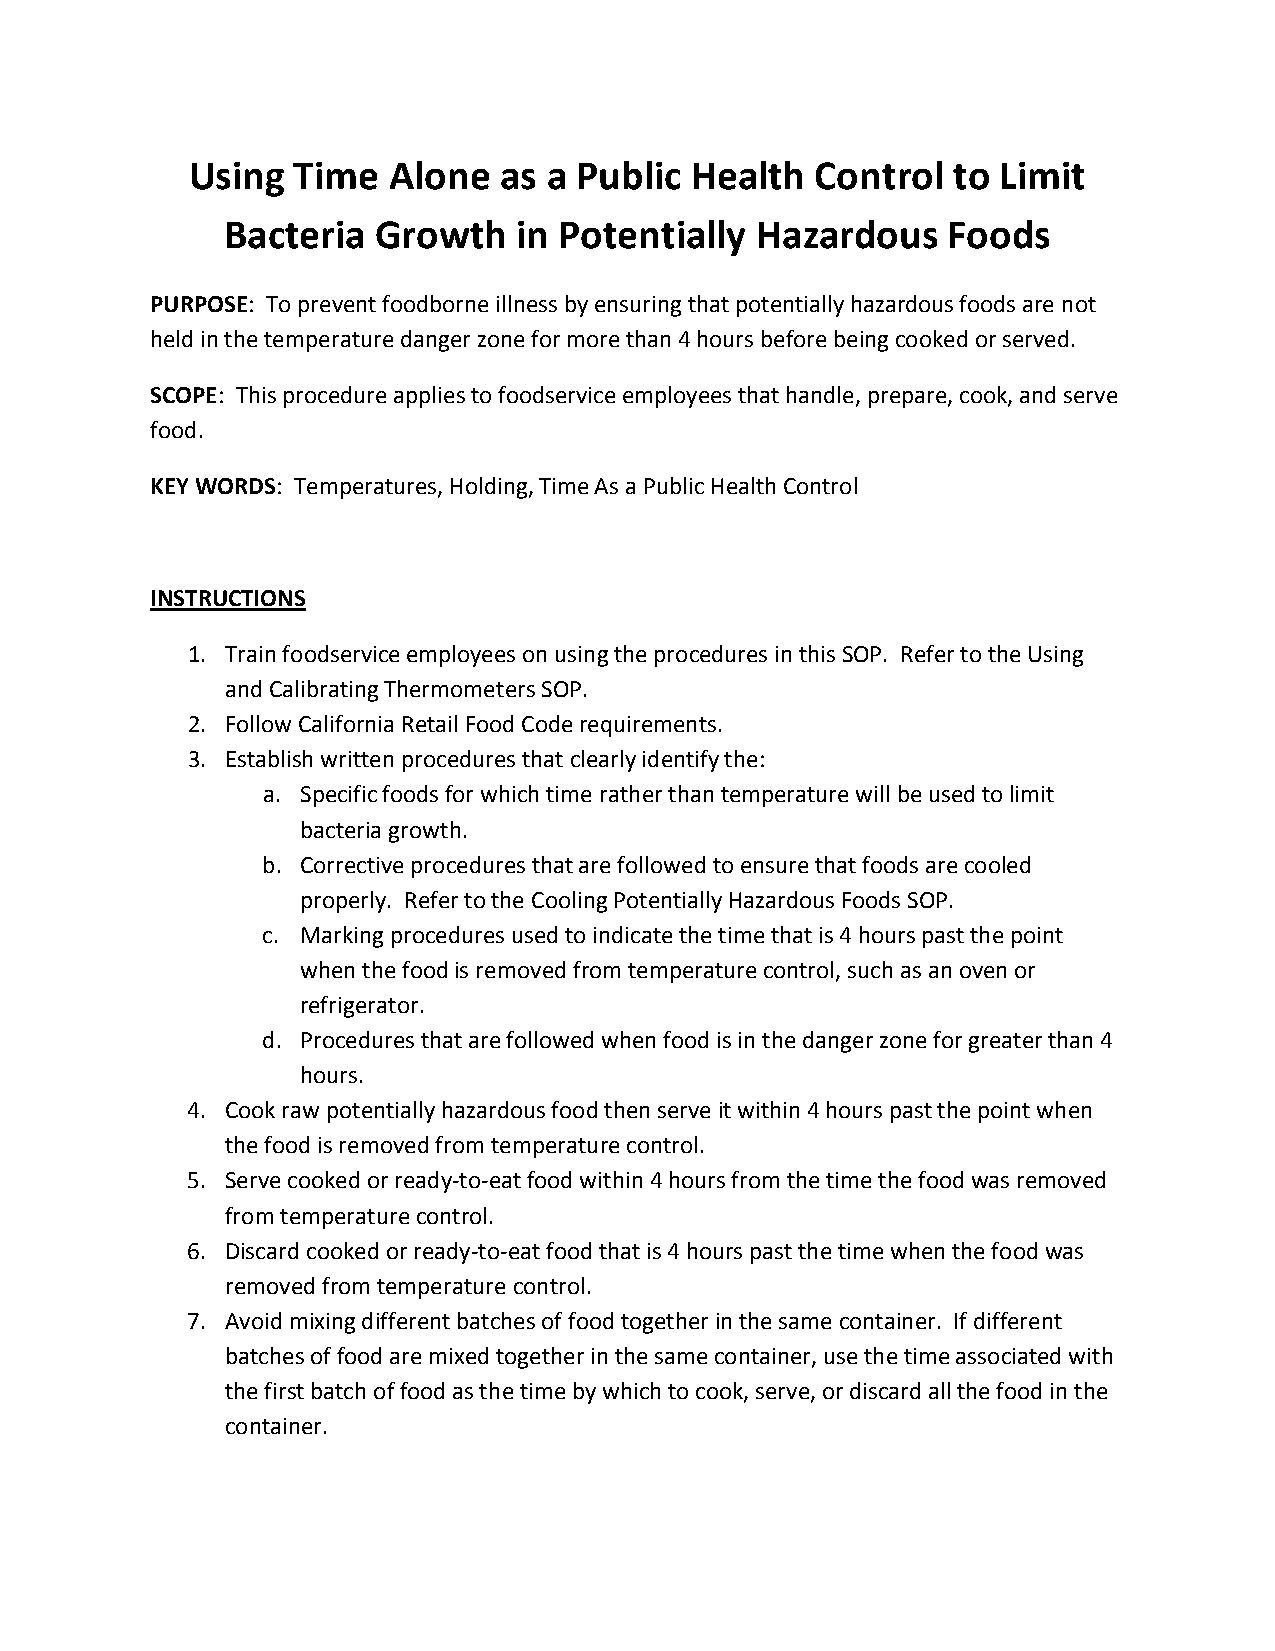
Using  Time   Alone  as a Public  Health  Control  to Limit
 Bacteria  Growth   in Potentially  Hazardous    Foods
 PURPOSE: To prevent foodborne illness by ensuring that potentially hazardous foods are not
 held in the temperature danger zone for more than 4 hours before being cooked or served.
 SCOPE: This procedure applies to foodservice employees that handle, prepare, cook, and serve
 food.
 KEY WORDS: Temperatures, Holding, Time As a Public Health Control
 INSTRUCTIONS
 1. Train foodservice employees on using the procedures in this SOP. Refer to the Using
 and Calibrating Thermometers SOP.
 2. Follow California Retail Food Code requirements.
 3. Establish written procedures that clearly identify the:
 a. Specific foods for which time rather than temperature will be used to limit
 bacteria growth.
 b. Corrective procedures that are followed to ensure that foods are cooled
 properly. Refer to the Cooling Potentially Hazardous Foods SOP.
 c. Marking procedures used to indicate the time that is 4 hours past the point
 when the food is removed from temperature control, such as an oven or
 refrigerator.
 d. Procedures that are followed when food is in the danger zone for greater than 4
 hours.
 4. Cook raw potentially hazardous food then serve it within 4 hours past the point when
 the food is removed from temperature control.
 5. Serve cooked or ready-to-eat food within 4 hours from the time the food was removed
 from temperature control.
 6. Discard cooked or ready-to-eat food that is 4 hours past the time when the food was
 removed from temperature control.
 7. Avoid mixing different batches of food together in the same container. If different
 batches of food are mixed together in the same container, use the time associated with
 the first batch of food as the time by which to cook, serve, or discard all the food in the
 container.